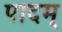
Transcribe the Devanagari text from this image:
पादम्